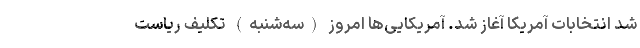
شد انتخابات آمریکا آغاز شد. آمریکایی‌ها امروز (سه‌شنبه) تکلیف ریاست